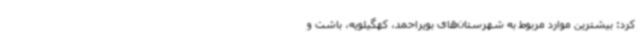
کرد: بیشترین موارد مربوط به شهرستان‌های بویراحمد، کهگیلویه، باشت و